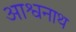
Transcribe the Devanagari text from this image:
आश्वनाथ